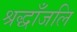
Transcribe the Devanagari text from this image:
श्रद्धाँजलि